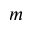
m